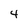
Character: 4